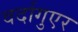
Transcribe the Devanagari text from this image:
वर्दागुएर